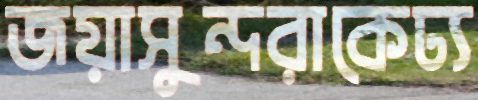
জয়াসুন্দরাকেঢ্য